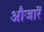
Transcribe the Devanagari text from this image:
औजारें